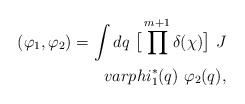
\begin{align*}(\varphi_1,\varphi_2)=\int dq\ \big[\prod^{m+1} \delta(\chi)\big]\ J\\varphi^*_1(q)\ \varphi_2(q),\end{align*}